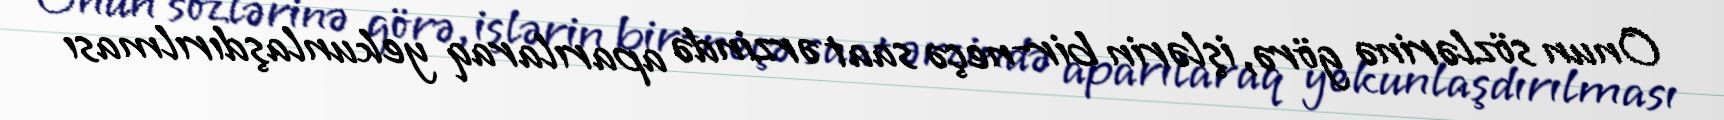
Onun sözlərinə görə, işlərin bir-neçə saat ərzində aparılaraq yekunlaşdırılması